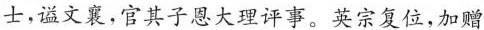
士，谥文襄，官其子恩大理评事。英宗复位，加赠